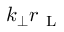
k _ { \perp } r _ { \mathrm { ~ L ~ } }